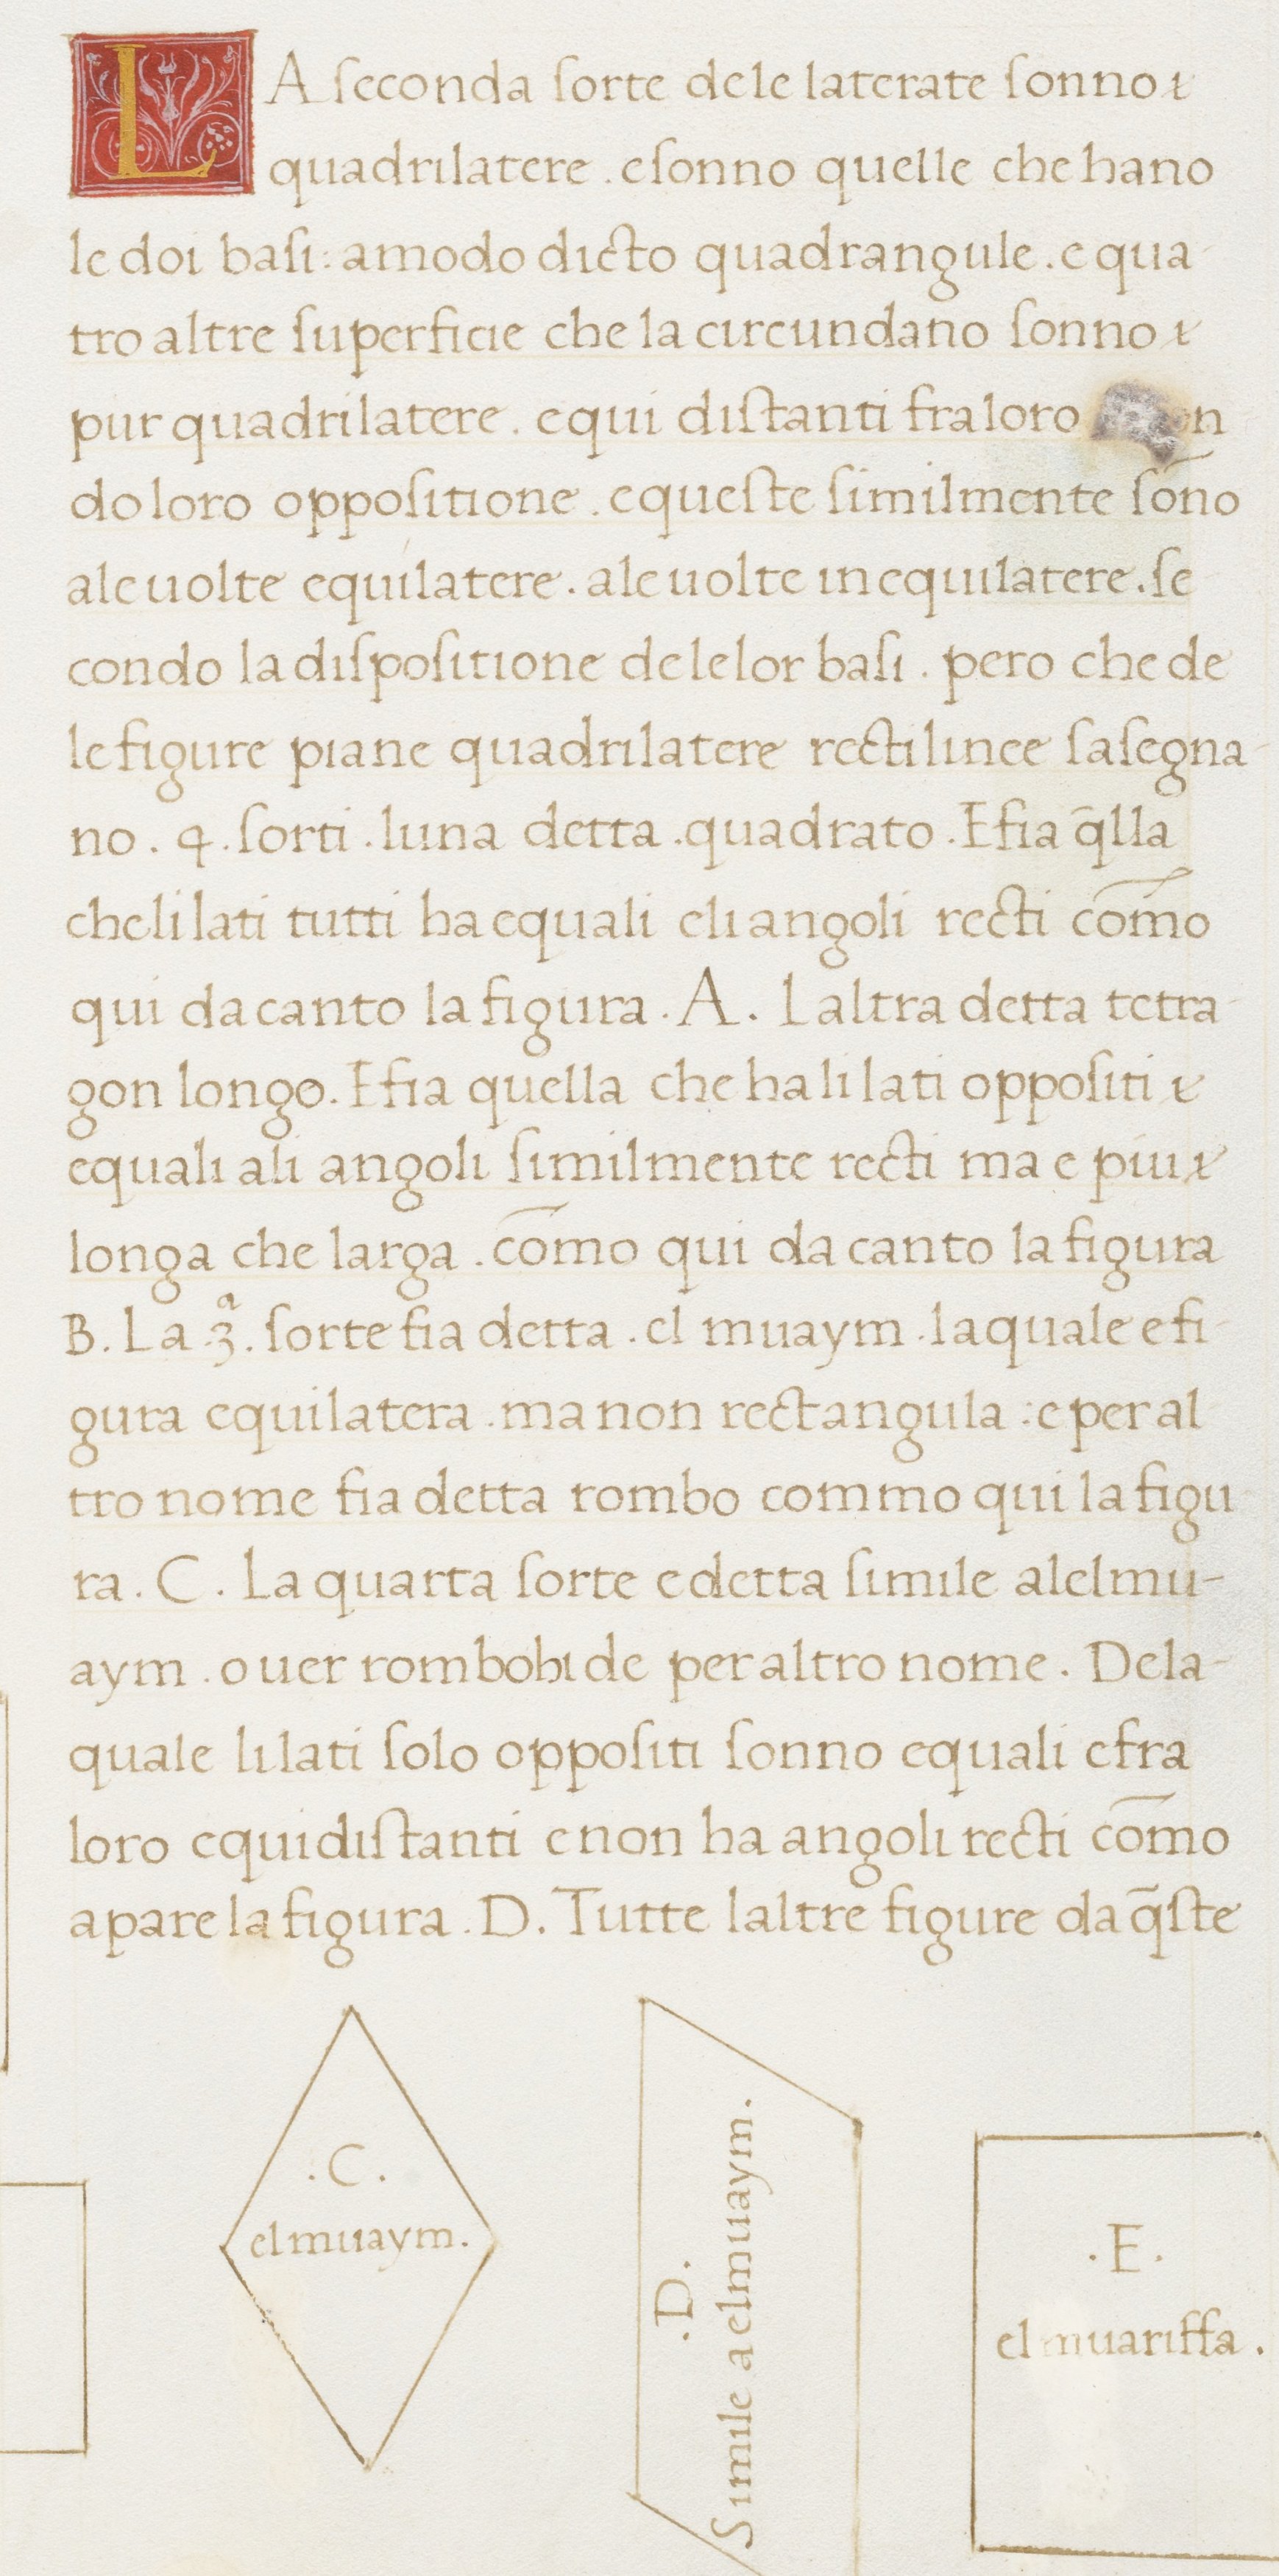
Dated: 1498–1498